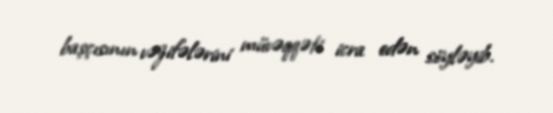
başçısının vəzifələrini müvəqqəti icra edən söyləyib.